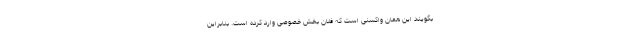
بگویند این همان واکسنی است که فلان بخش خصوصی وارد کرده است. بنابراین